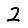
Digit: 2